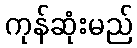
ကုန်ဆုံးမည်